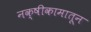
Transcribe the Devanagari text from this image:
नक्षीकामातून